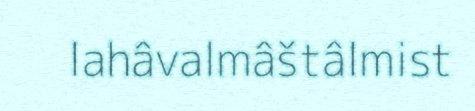
lahâvalmâštâlmist